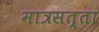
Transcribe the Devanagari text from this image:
मात्रसत्ता